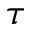
\tau